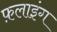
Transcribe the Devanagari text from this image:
फ़लाइंग